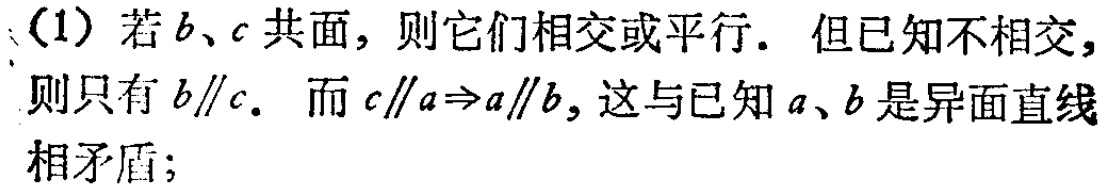
(1) 若\(b、c\)共面，则它们相交或平行. 但已知不相交，则只有\(b\parallel c\). 而\(c\parallel a\Rightarrow a\parallel b\)，这与已知\(a、b\)是异面直线相矛盾；